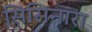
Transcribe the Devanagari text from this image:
सिसिनारा